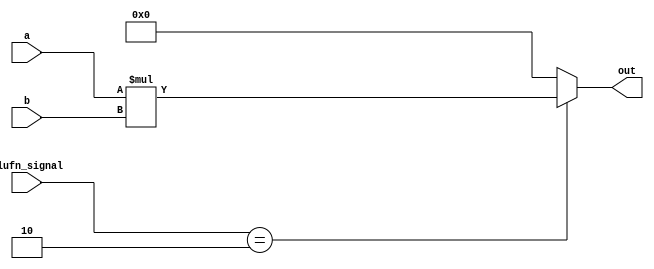
/*
   This file was generated automatically by Alchitry Labs version 1.2.5.
   Do not edit this file directly. Instead edit the original Lucid source.
   This is a temporary file and any changes made to it will be destroyed.
*/

module multiplier_21 (
    input [15:0] a,
    input [15:0] b,
    input [5:0] alufn_signal,
    output reg [15:0] out
  );
  
  
  
  always @* begin
    
    case (alufn_signal)
      6'h02: begin
        out = a * b;
      end
      default: begin
        out = 16'h0000;
      end
    endcase
  end
endmodule